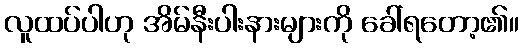
လူထပ်ပါဟု အိမ်နီးပါးနားများကို ခေါ်ရတော့၏။